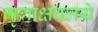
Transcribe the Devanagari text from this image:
मृगाक्षवलये